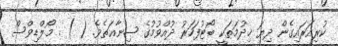
ކުރިއަރައިގެން ދިޔަ ޚިދުމަތަކީ ބޯޓުފަހަރު ދުއްވުމުގެ ޞިނާޢަތެވެ. ( ) . މޯލްޑިވްސް